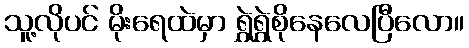
သူ့လိုပင် မိုးရေထဲမှာ ရွှဲရွှဲစိုနေလေပြီလော။